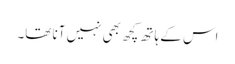
اس کے ہاتھ کچھ بھی نہیں آنا تھا۔